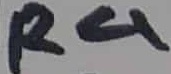
Text: R4